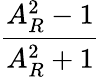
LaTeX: \frac{A_{R}^{2}-1}{A_{R}^{2}+1}